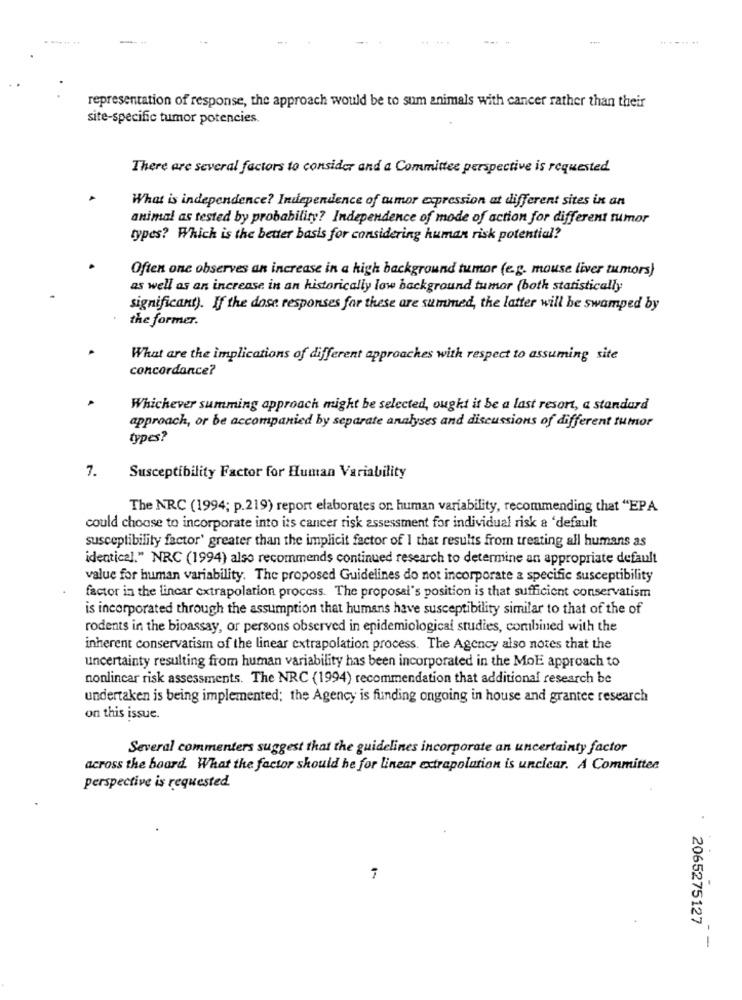
representation of response, the approach would be to sum animals with cancer rather than their
site-specific tumor potencies.
There are several factors to consider and a Committee perspective is requested.
What is independence? Independence of tumor expression at different sites in an
animal as tested by probability? Independence of mode of action for different rumor
types? Which is the better basis for considering human risk potential?
Often one observes an increase in a high background tumor (e.g. mouse liver tumors)
as well as an increase in an historically low background tumor (both statistically
significant). If the dose responses for these are summed, the latter will be swamped by
the former.
What are the implications of different approaches with respect to assuming site
concordance?
Whichever summing approach might be selected, ought it be a last resort, a standard
approach, or be accompanied by separate analyses and discussions of different tumor
types?
7.
Susceptibility Factor for Human Variability
The NRC (1994; p.219) report elaborates or. human variability, recommending that "EPA
could choose to incorporate into its cancer risk assessment for individual risk a 'default
susceptibility factor' greater than the implicit factor of I that results from treating all humans as
identical." NRC (1994) also recommends continued research to determine an appropriate default
value for human variability. The proposed Guidelines do not incorporate a specific susceptibility
factor in the lincar extrapolation process. The proposal's position is that sufficient conservatism
is incorporated through the assumption that humans have susceptibility similar to that of the of
rodents in the bioassay, or persons observed in epidemiological studies, combined with the
inherent conservatism of the linear extrapolation process. The Agency also notes that the
uncertainty resulting from human variability has been incorporated in the MoE approach to
nonlinear risk assessments. The NRC (1994) recommendation that additional research be
undertaken is being implemented: the Agency is funding ongoing in house and grantee research
on this issue.
Several commenters suggest that the guidelines incorporate an uncertainty factor
across the board. What the factor should be for linear extrapolation is unclear. A Committee
perspective is requested
2065275127
- -